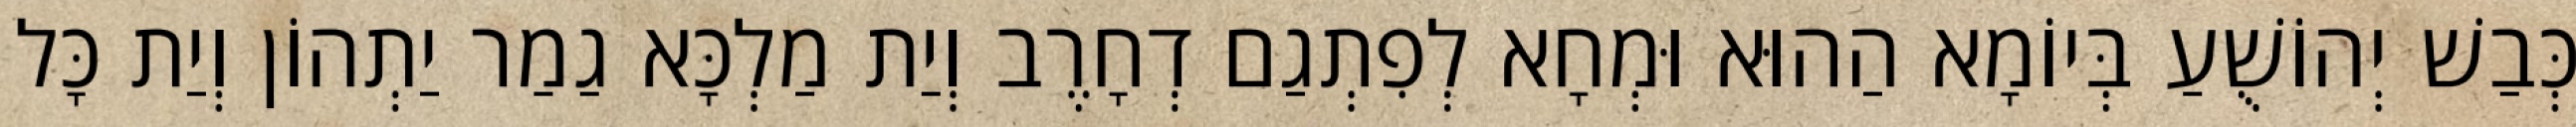
כְּבַשׁ יְהוֹשֻׁעַ בְּיוֹמָא הַהוּא וּמְחָא לְפִתְגַם דְחָרֶב וְיַת מַלְכָּא גַמַר יַתְהוֹן וְיַת כָּל